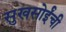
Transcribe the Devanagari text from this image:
सुखसोईंची